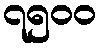
၇၅၀၀